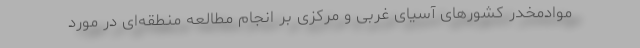
موادمخدر کشورهای آسیای غربی و مرکزی بر انجام مطالعه منطقه‌ای در مورد